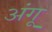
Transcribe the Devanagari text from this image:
अंगू